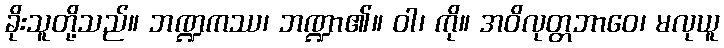
ခိုးသူတို့သည်။ ဘဏ္ဍကဿ၊ ဘဏ္ဍာ၏။ ဝါ၊ ကို။ အဝိလုတ္တဘာဝေ၊ မလုယူ